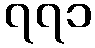
၇၇၁